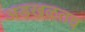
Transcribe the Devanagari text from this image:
अडखळतच